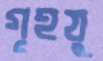
গৃহযু